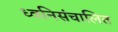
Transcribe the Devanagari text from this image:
ध्वनिसंचालित